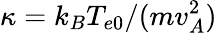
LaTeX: \kappa=k_{B}T_{e0}/(mv_{A}^{2})